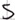
Text: S